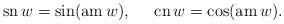
LaTeX: \begin{align*}\mbox{sn}\,w = \sin(\mbox{am}\,w),\;\;\;\;\;\mbox{cn}\, w = \cos(\mbox{am}\,w).\end{align*}